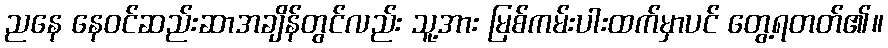
ညနေ နေဝင်ဆည်းဆာအချိန်တွင်လည်း သူ့အား မြစ်ကမ်းပါးထက်မှာပင် တွေ့ရတတ်၏။